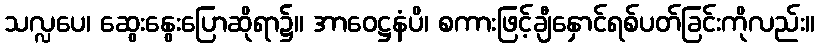
သလ္လပေ၊ ဆွေးနွေးပြောဆိုရာ၌။ အာဝေဋ္ဌနံပိ၊ စကားဖြင့်ချီနှောင်ရစ်ပတ်ခြင်းကိုလည်း။